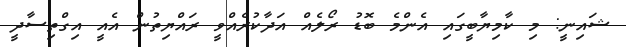
ޝައިނީ: މި ކާމިޔާބީގައި އެންމެ ބޮޑު ރޯލެއް އަދާކުރެއްވީ ރައްޔިތުން އެއީ އިގްތިސާދީ